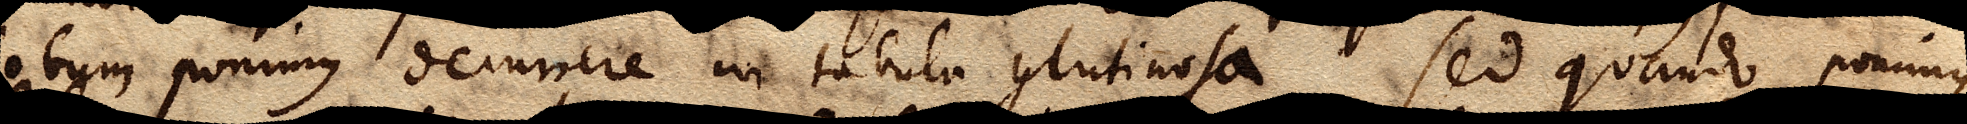
globum ponimus decurrere in tabula glutinosa. Sed quando ponimus